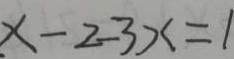
x - 2 - 3 x = 1